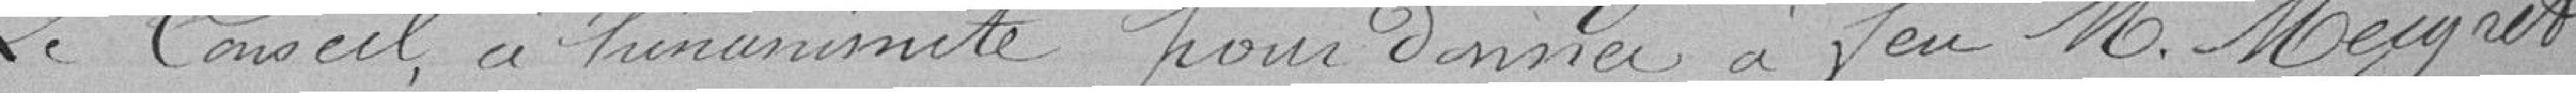
Le Conseil, à l'unanimité, pour donner à feu Monsieur Meigret